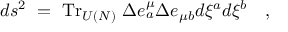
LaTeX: d s ^ { 2 } ~ = ~ \mathrm { T r } _ { U ( N ) } ~ \Delta e _ { a } ^ { \mu } \Delta e _ { \mu b } d \xi ^ { a } d \xi ^ { b } \quad ,